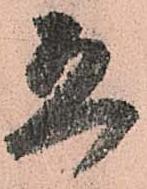
恐